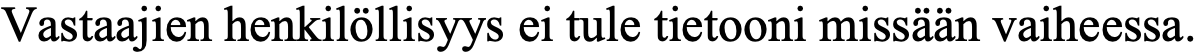
Vastaajien henkilöllisyys ei tule tietooni missään vaiheessa.